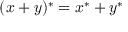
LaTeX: ( x + y ) ^ { * } = x ^ { * } + y ^ { * }